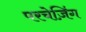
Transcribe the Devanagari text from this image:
परचेज़िंग